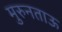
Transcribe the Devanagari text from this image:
मुरुनताऊ